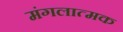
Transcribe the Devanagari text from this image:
मंगलात्मक